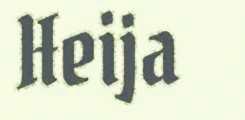
Heija